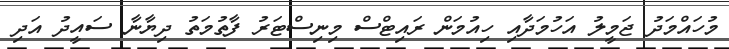
މުހައްމަދު ޖަމީލު އަހުމަދާއި ހިއުމަން ރައިޓްސް މިނިސްޓަރު ފާތުމަތު ދިޔާނާ ސައީދު އަދި